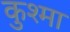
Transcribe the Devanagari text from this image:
कुश्‍मा